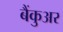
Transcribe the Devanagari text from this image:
बैंकुअर